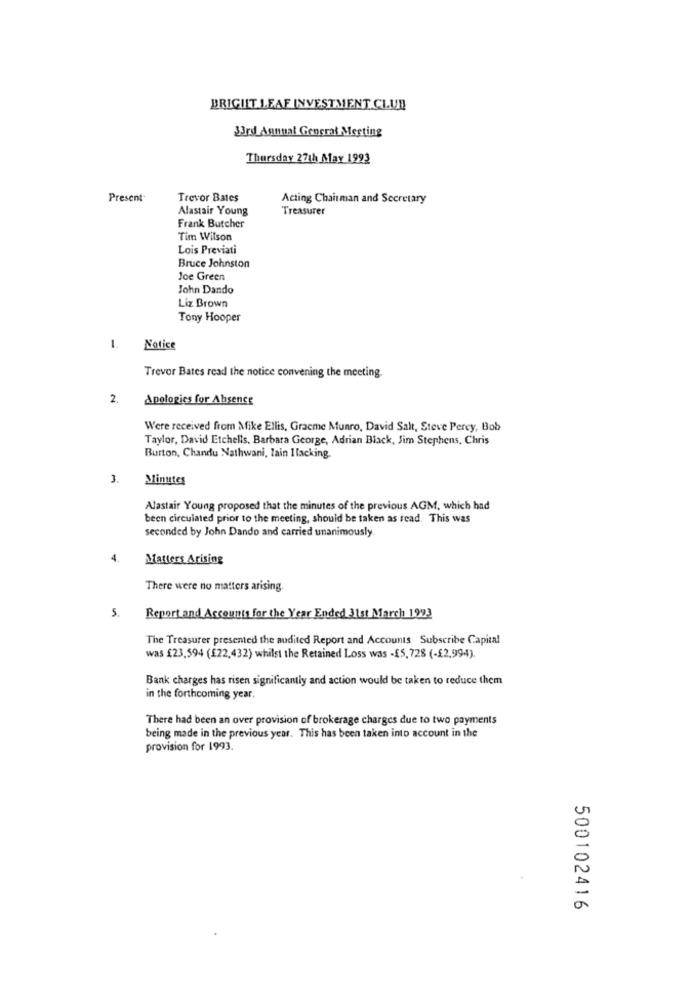
BRIGHT LEAF INVESTMENT CLUB
J3rd Annual General Meeting
Thursday 27th May 1993
Present
Trevor Bates
Acting Chairman and Secretary
Alastair Young
Treasurer
Frank Butcher
Tim Wilson
Lois Previati
Bruce Johnston
Joe Green
John Dando
Liz Brown
Tony Hooper
L.
Notice
Trevor Bates read the notice convening the meeting.
Apologies for Absence
Were received from Mike Ellis, Graeme Munro, David Salt, Steve Percy, Bob
Taylor, David Etchells, Barbara George, Adrian Black, Jim Stephens, Chris
Burton, Chandu Nathwani, Tain Ilacking
3.
Minutes
Alastair Young proposed that the minutes of the previous AGM, which had
been circulated prior to the meeting, should be taken as read. This was
seconded by John Dando and carried unanimously
4.
Matters Arising
There were no matters arising.
5.
Report and Accounts for the Year Ended 31st March 1993
The Treasurer presented the audited Report and Accounts Subscribe Capital
was £23,594 (£22,432) whilst the Retained Loss was -£5, 728 (-$2,994).
Bank charges has risen significantly and action would be taken to reduce them
in the forthcoming year.
There had been an over provision of brokerage charges due to two payments
being made in the previous year. This has been taken into account in the
provision for 1993.
500102416